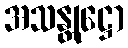
အသန္တုဋ္ဌော